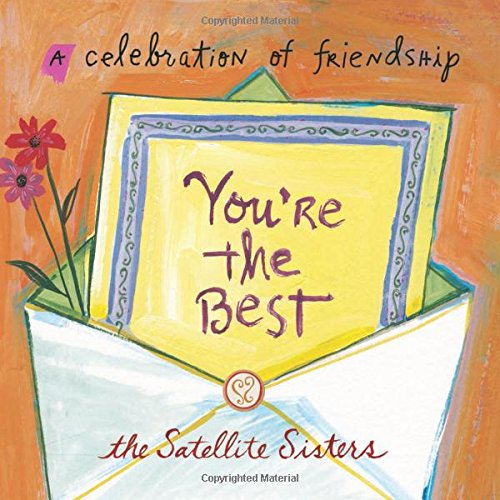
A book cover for You're the Best: A Celebration of Friendship; Lian Dolan; Humor & Entertainment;